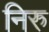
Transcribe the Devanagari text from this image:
निरु